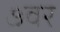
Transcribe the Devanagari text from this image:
७वर